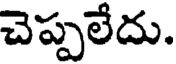
చెప్పలేదు.